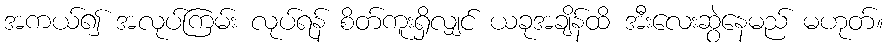
အကယ်၍ အလုပ်ကြမ်း လုပ်ရန် စိတ်ကူးရှိလျှင် ယခုအချိန်ထိ အီးလေးဆွဲနေမည် မဟုတ်။